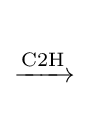
{\begin{matrix}{}\\{\xrightarrow {\mathrm {C2H} }}\\{}\end{matrix}}